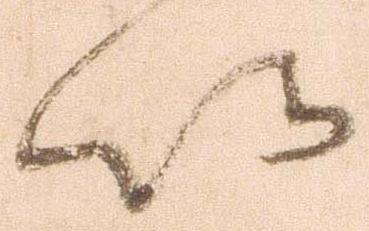
以